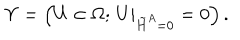
LaTeX: \Upsilon = \left( U \in \Omega ; \, U \vert _ { \tilde { H } ^ { A } = 0 } = 0 \right) .